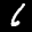
Label: 6